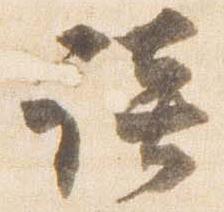
談